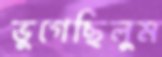
ভুগেছিলুম